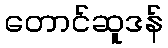
တောင်ဆူဒန်